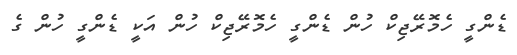
ޑެންގީ ހެމޮރޭޖިކް ހުން ޑެންގީ ހެމޮރޭޖިކް ހުން އަކީ ޑެންގީ ހުން ގެ